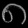
Digit: ၈